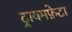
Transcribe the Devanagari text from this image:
ट्रायमफ़ेटा